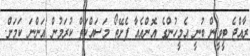
ރާއްޖެ ޓީވީން ބުނީ އެމީހުންގެ އޮންއެއާ ފެށޭތޯ މަސައްކަތް ކުރަމުން އަންނަ ކަމަށް.